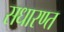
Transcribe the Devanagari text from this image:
सधारण्त